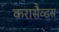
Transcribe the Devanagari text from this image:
करासैव्डस